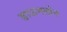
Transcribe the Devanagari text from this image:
डाऊनलोन